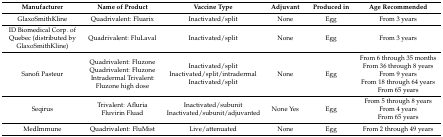
<table><thead><tr><td><b>Manufacturer</b></td><td><b>Name of Product</b></td><td><b>Vaccine Type</b></td><td><b>Adjuvant</b></td><td><b>Produced in</b></td><td><b>Age Recommended</b></td></tr></thead><tbody><tr><td>GlaxoSmithKline</td><td>Quadrivalent: Fluarix</td><td>Inactivated/split</td><td>None</td><td>Egg</td><td>From 3 years</td></tr><tr><td>ID Biomedical Corp. of Quebec (distributed by GlaxoSmithKline)</td><td>Quadrivalent: FluLaval</td><td>Inactivated/split</td><td>None</td><td>Egg</td><td>From 3 years</td></tr><tr><td>Sanofi Pasteur</td><td>Quadrivalent: Fluzone Quadrivalent: Fluzone Intradermal Trivalent: Fluzone high dose</td><td>Inactivated/split Inactivated/split/intradermal Inactivated/split</td><td>None</td><td>Egg</td><td>From 6 through 35 months From 36 through 8 years From 9 years From 18 through 64 years From 65 years</td></tr><tr><td>Seqirus</td><td>Trivalent: Afluria Fluvirin Fluad</td><td>Inactivated/subunit Inactivated/subunit/adjuvanted</td><td>None Yes</td><td>Egg</td><td>From 5 through 8 years From 4 years From 65 years</td></tr><tr><td>MedImmune</td><td>Quadrivalent: FluMist </td><td>Live/attenuated</td><td>None</td><td>Egg</td><td>From 2 through 49 years</td></tr></tbody></table>